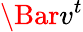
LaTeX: \Bar{v}^{t}